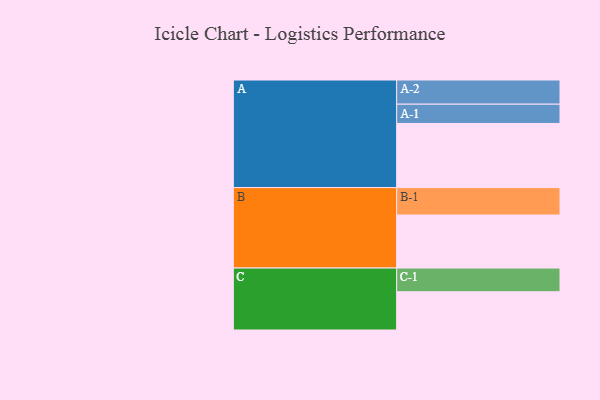
{"axis": {"x": "Segment", "y": "Value"}, "legend": ["", "A", "B", "C"], "data": [{"x": "A", "y": 565, "type": ""}, {"x": "B", "y": 467, "type": ""}, {"x": "C", "y": 337, "type": ""}, {"x": "A-1", "y": 170, "type": "A"}, {"x": "A-2", "y": 213, "type": "A"}, {"x": "B-1", "y": 242, "type": "B"}, {"x": "C-1", "y": 209, "type": "C"}]}